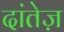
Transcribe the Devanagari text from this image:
दांतेज़